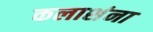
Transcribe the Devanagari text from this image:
कलाशंना